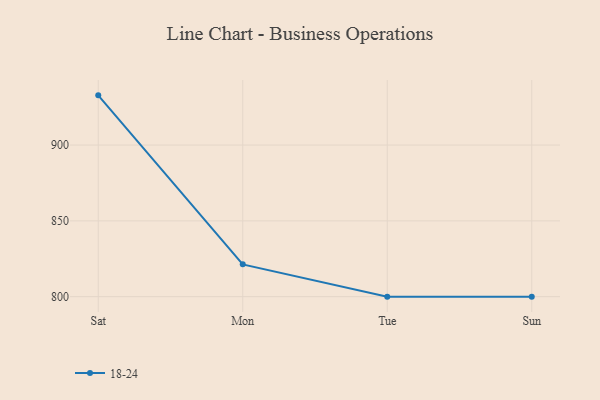
{"axis": {"x": "Day", "y": "Active Users"}, "legend": ["18-24"], "data": [{"x": "Sat", "y": 932.8, "type": "18-24"}, {"x": "Mon", "y": 821.3, "type": "18-24"}, {"x": "Tue", "y": 800, "type": "18-24"}, {"x": "Sun", "y": 800, "type": "18-24"}]}